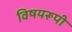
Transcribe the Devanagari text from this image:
विषयरूपी